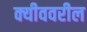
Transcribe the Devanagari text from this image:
क्यीववरील